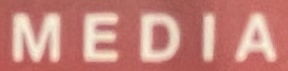
MEDIA